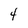
Character: 4